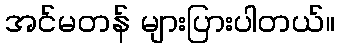
အင်မတန် များပြားပါတယ်။